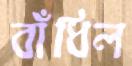
বাঁধিল